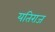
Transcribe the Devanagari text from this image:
यतिराज